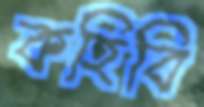
কহিবি